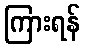
ကြားရန်